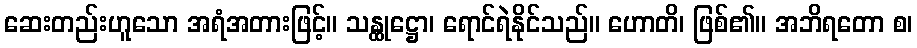
ဆေးတည်းဟူသော အရံအတားဖြင့်။ သန္ထုဋ္ဌော၊ ရောင်ရဲနိုင်သည်။ ဟောတိ၊ ဖြစ်၏။ အဘိရတော စ၊